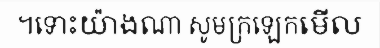
។ទោះយ៉ាងណា សូមក្រឡេកមើល